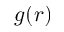
g ( r )